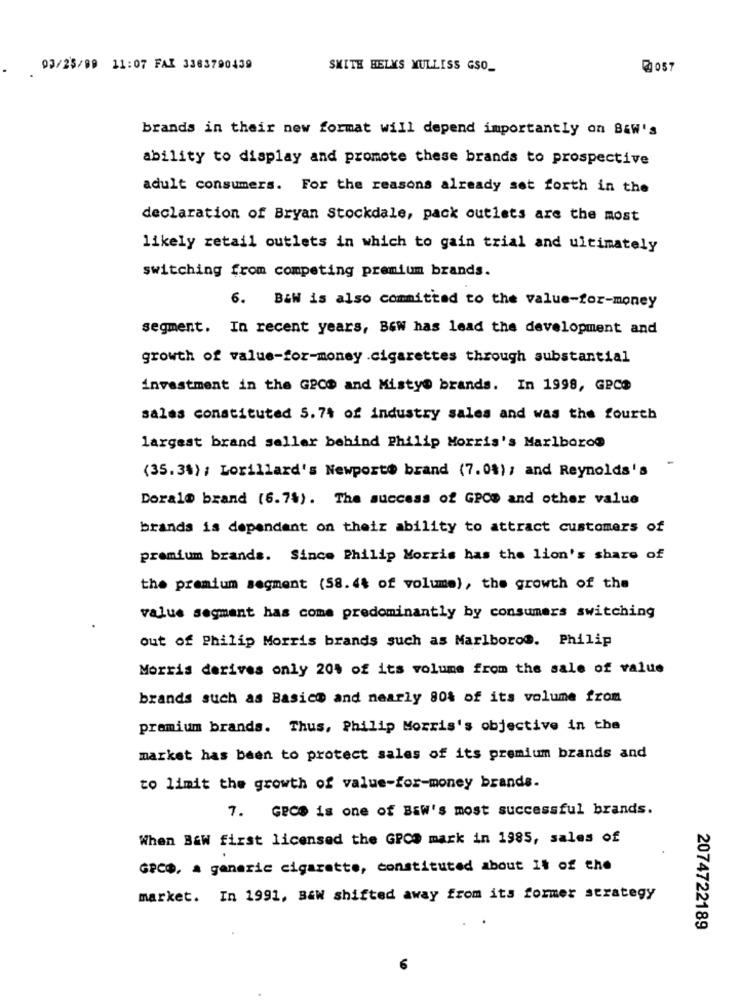
03/25/09 11:07 FAX 3363790439
SMITH BELKS MULLISS GSO_
brands in their new format will depend importantly on B&W's
ability to display and promote these brands to prospective
adult consumers. For the reasons already set forth in the
declaration of Bryan Stockdale, pack outlets are the most
likely retail outlets in which to gain trial and ultimately
switching from competing premium brands.
6. B&W is also committed to the value-for-money
segment. In recent years, B&W has lead the development and
growth of value-for-money .cigarettes through substantial
investment in the GPCS and Misty@ brands. In 1998, GPCS
salas constituted 5.74 of industry sales and was the fourth
largest brand seller behind Philip Morris's Marlboro@
(35.34) ; Lorillard's Newporto brand (7.08); and Reynolds's
Doral@ brand (6.7%). The success of GPOD and other value
brands is dependent on their ability to attract customers of
premium brands. Since Philip Morris has the lion's share of
the premium segment (58. 44 of volume), the growth of the
value segment has come predominantly by consumers switching
out of Philip Morris brands such as Marlboro@. Philip
Morris derives only 20% of its volume from the sale of value
brands such as Basic@ and nearly 80% of its volume from
premium brands. Thus, Philip Morris's objective in the
market has been to protect sales of its premium brands and
to limit the growth of value-for-money brands.
7. Gece is one of Baw's most successful brands.
When B&W first licensed the GPCS mark in 1985, sales of
GPCD, a generic cigarette, constituted about It of the
market. In 1991, Baw shifted away from its former strategy
2074722189